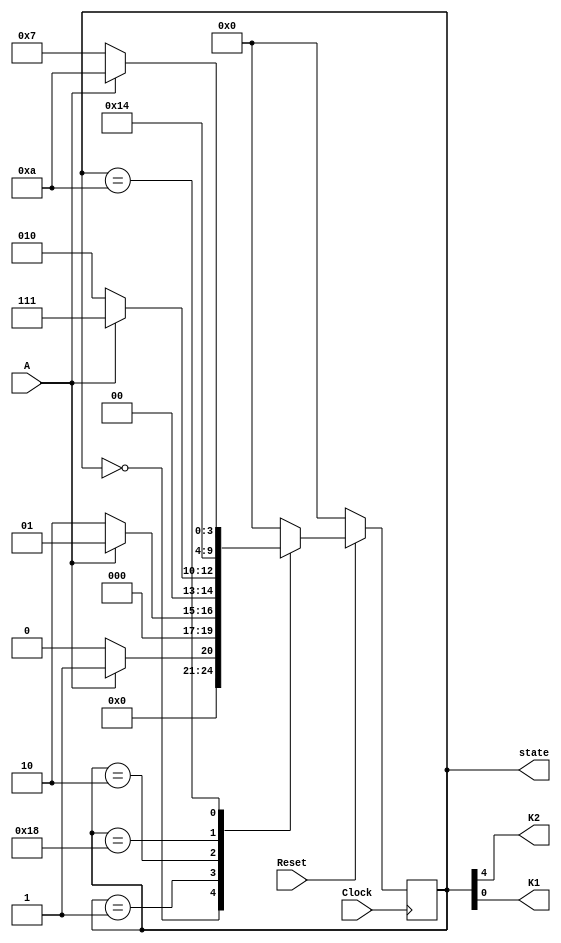
module fsm (
    Clock,Reset,A,K2,K1,state
);
    input Clock,Reset,A;
    output K1,K2;
    output [4:0] state;
    reg [4:0] state;
    assign K2=state[4]; // K2
    assign K1=state[0]; //K1
    parameter Idle = 5'b00000,
              Start = 5'b00001,
              Stop = 5'b00010,
              StopToClear = 5'b11000,
              Clear = 5'b01010,
              ClearToIdle = 5'b00111;

    always @(posedge Clock) begin
        if(!Reset) begin
          state<=Idle;
        end
        else
        case(state)
        Idle:if(A) 
          state<=Start;
        else 
          state<=Idle;
        Start:if(!A) state<=Stop;
                else state<=Start;
        Stop:if(A) 
                    state<=ClearToIdle;
        else 
                    state<=Stop;
        StopToClear:state<=Clear;
        Clear:if(!A)
                    state<=ClearToIdle;  
            else 
                    state<=Clear;
        default:state<=Idle;
        endcase
    end
endmodule